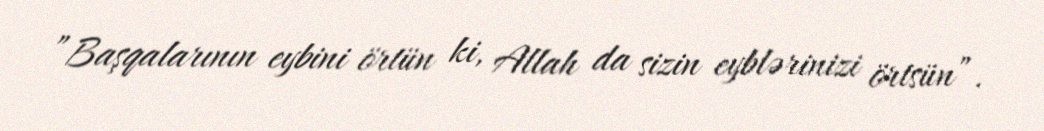
”Başqalarının eybini örtün ki, Allah da sizin eyblərinizi örtsün”.